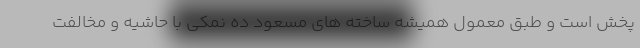
پخش است و طبق معمول همیشه ساخته های مسعود ده نمکی با حاشیه و مخالفت